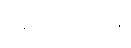
စကော့တလန်